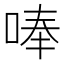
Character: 唪